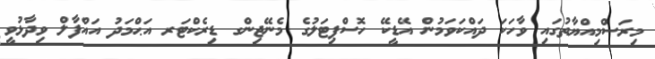
މިރަސްމިއްޔާތުގައި ވާހަކަ ދައްކަވަމުން އޭޑީކޭ ހޮސްޕިޓަލުގެ މެނޭޖިންގ ޑިރެކްޓަރ އަޙްމަދު އައްފާލް ވިދާޅުވީ